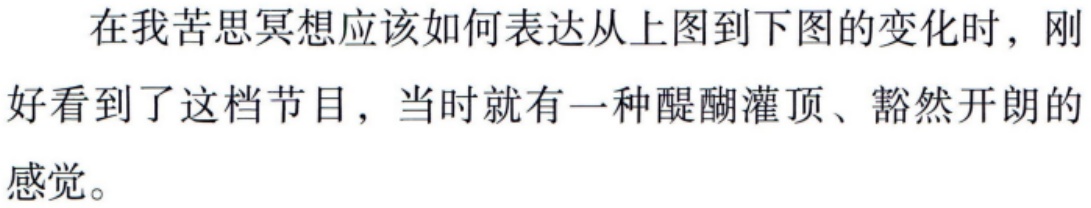
在我苦思冥想应该如何表达从上图到下图的变化时，刚好看到了这档节目，当时就有一种醍醐灌顶、豁然开朗的感觉。